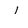
Character: I